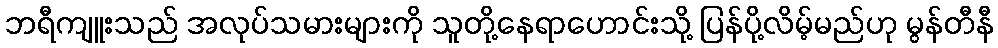
ဘရီကျူးသည် အလုပ်သမားများကို သူတို့နေရာဟောင်းသို့ ပြန်ပို့လိမ့်မည်ဟု မွန်တီနီ